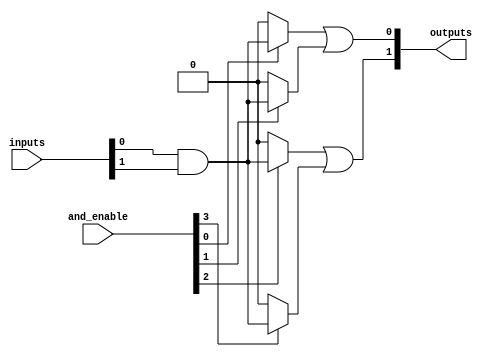
module programmable_array_logic #(
    parameter n = 4, // Number of inputs
    parameter m = 2, // Number of outputs
    parameter and_gates = 4, // Number of AND gates
    parameter or_gates = 2 // Number of OR gates
)(
    input wire [n-1:0] inputs, // Input vector
    input wire [and_gates-1:0] and_enable, // Enable signals for each AND gate
    output wire [m-1:0] outputs // Output vector
);

// Intermediate signals for AND gates
wire [and_gates-1:0] and_out;

// Programmable AND array
genvar i;
generate
    for (i = 0; i < and_gates; i = i + 1) begin : and_array
        // Each AND gate can be programmed to connect to any combination of inputs
        assign and_out[i] = and_enable[i] ? (inputs[0] & inputs[1]) : 1'b0; // Example fixed connection
        // You can modify the above line to create different combinations based on your programming
    end
endgenerate

// Fixed OR array
assign outputs[0] = and_out[0] | and_out[1]; // OR gate 1
assign outputs[1] = and_out[2] | and_out[3]; // OR gate 2

endmodule